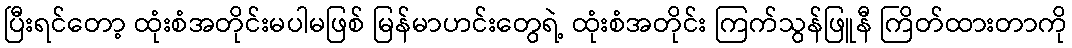
ပြီးရင်တော့ ထုံးစံအတိုင်းမပါမဖြစ် မြန်မာဟင်းတွေရဲ့ ထုံးစံအတိုင်း ကြက်သွန်ဖြူနီ ကြိတ်ထားတာကို